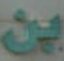
بن